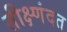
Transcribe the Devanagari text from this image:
तीक्ष्णंदत